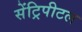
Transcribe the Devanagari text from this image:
सेंट्रिपीटल